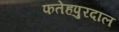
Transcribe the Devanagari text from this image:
फतेहपुरदाल